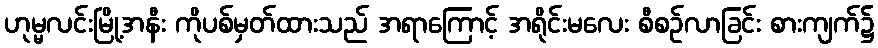
ဟုမ္မလင်းမြို့အနီး ကိုပစ်မှတ်ထားသည် အရာကြောင့် အရိုင်းမလေး စီစဉ်လာခြင်း စားကျက်၌